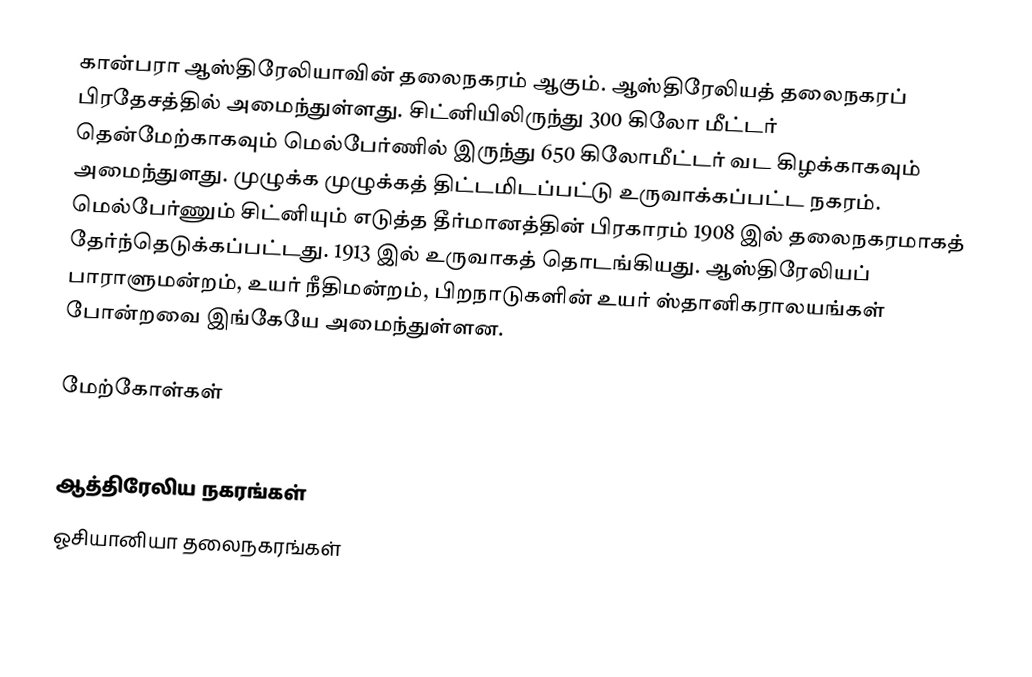
கான்பரா ஆஸ்திரேலியாவின் தலைநகரம் ஆகும். ஆஸ்திரேலியத் தலைநகரப் பிரதேசத்தில் அமைந்துள்ளது. சிட்னியிலிருந்து 300 கிலோ மீட்டர் தென்மேற்காகவும் மெல்பேர்ணில் இருந்து 650 கிலோமீட்டர் வட கிழக்காகவும் அமைந்துளது. முழுக்க முழுக்கத் திட்டமிடப்பட்டு உருவாக்கப்பட்ட நகரம். மெல்பேர்ணும் சிட்னியும் எடுத்த தீர்மானத்தின் பிரகாரம் 1908 இல் தலைநகரமாகத் தேர்ந்தெடுக்கப்பட்டது. 1913 இல் உருவாகத் தொடங்கியது. ஆஸ்திரேலியப் பாராளுமன்றம், உயர் நீதிமன்றம், பிறநாடுகளின் உயர் ஸ்தானிகராலயங்கள் போன்றவை இங்கேயே அமைந்துள்ளன.

மேற்கோள்கள்

ஆத்திரேலிய நகரங்கள்
ஓசியானியா தலைநகரங்கள்